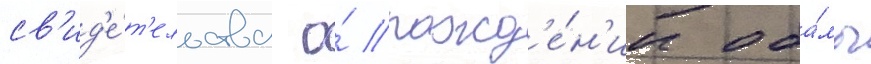
св'ид'е́т'ельства о́ рожд'е́н'ии оба́мы